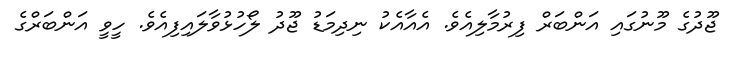
ޖޫދުގެ މޫނުގައި އަންބަރް ފިރުމާލިއެވެ. އެއާއެކު ނިދިމަޑު ޖޫދު ލޯހުޅުވާލައިފިއެވެ. ހީވީ އަންބަރްގެ